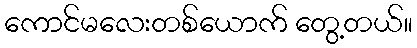
ကောင်မလေးတစ်ယောက် တွေ့တယ်။